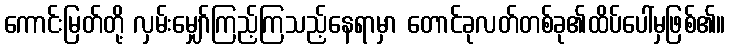
ကောင်းမြတ်တို့ လှမ်းမျှော်ကြည့်ကြသည့်နေရာမှာ တောင်ခုလတ်တစ်ခု၏ထိပ်ပေါ်မှဖြစ်၏။